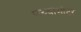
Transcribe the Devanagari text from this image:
प्स्य्चोमोटर